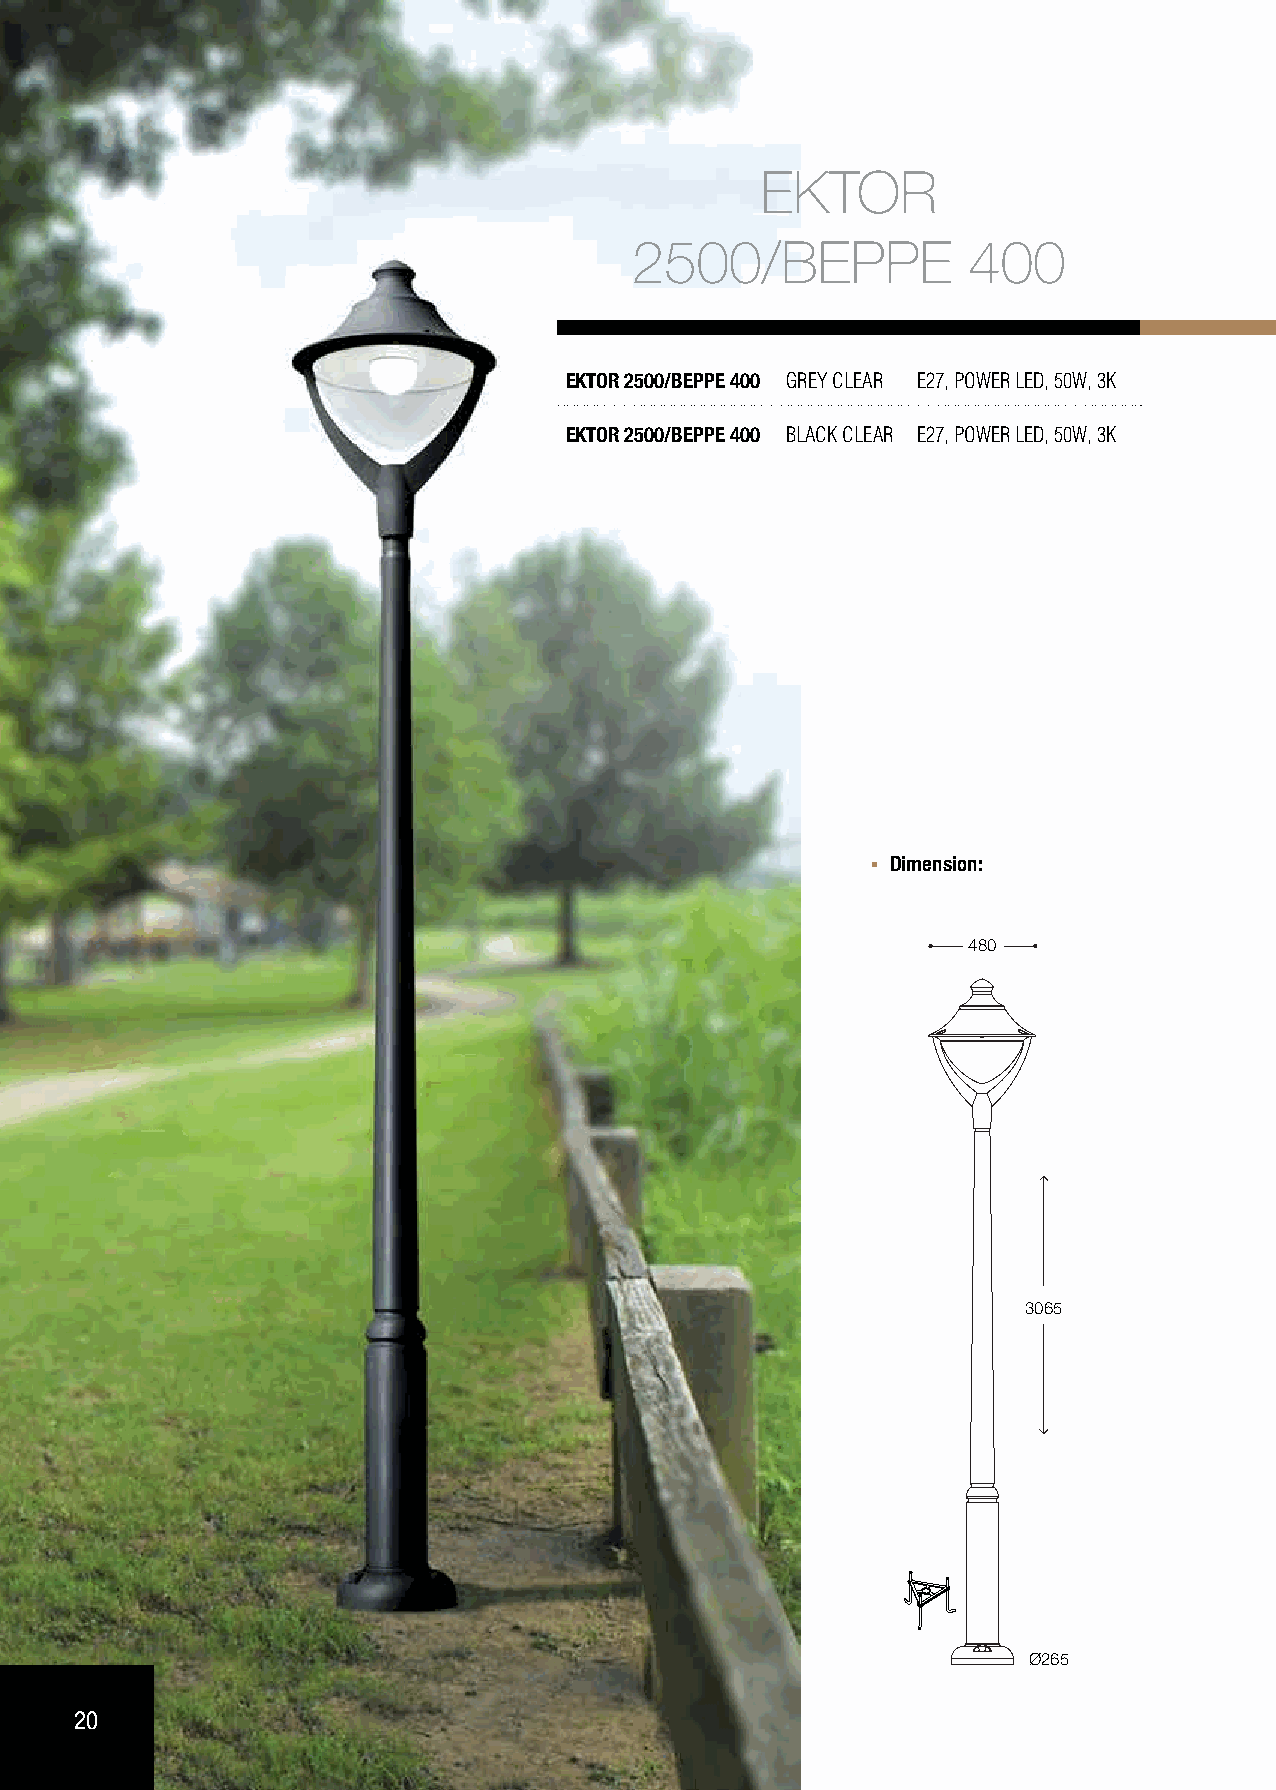
EKTOR
 2500/BEPPE            400
 EKTOR 2500/BEPPE 400 GREY CLEAR E27, POWER LED, 50W, 3K
 EKTOR 2500/BEPPE 400 BLACK CLEAR E27, POWER LED, 50W, 3K
 Dimension:
 480
 3065
 Ø265
 20